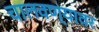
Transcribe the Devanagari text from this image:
चालवण्यावर